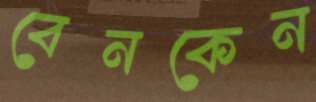
বেনকেন